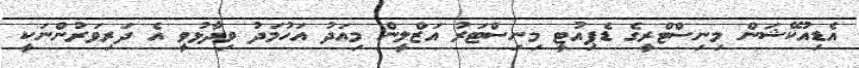
އެޑިއުކޭޝަން މިނިސްޓްރީގެ ޑެޕިއުޓީ މިނިސްޓަރު އަޒްލީން މިއަދު އަހުމަދު ވިދާޅުވީ އެ ދަރިވަރުންނަކީ